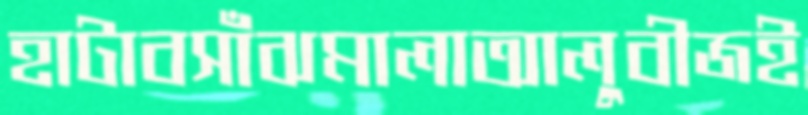
হাটাবসাঁঝমালাআলুবীজই